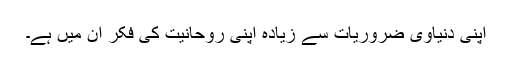
اپنی دنیاوی ضروریات سے زیادہ اپنی روحانیت کی فکر ان میں ہے۔